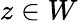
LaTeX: z\in W